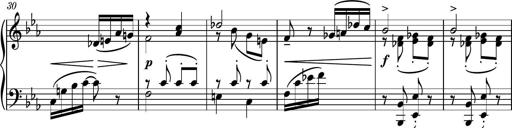
Title: Piano Sonatina No.5
Composer: Dimitri Sykias
Key: C minor